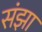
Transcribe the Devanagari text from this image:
संझा